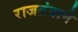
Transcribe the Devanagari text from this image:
राजतंत्राने